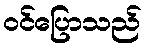
ဝင်ပြောသည်